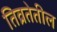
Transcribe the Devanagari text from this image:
तिव्रतेतील